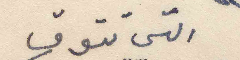
التي تتوق